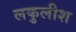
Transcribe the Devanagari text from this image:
लकुलीश